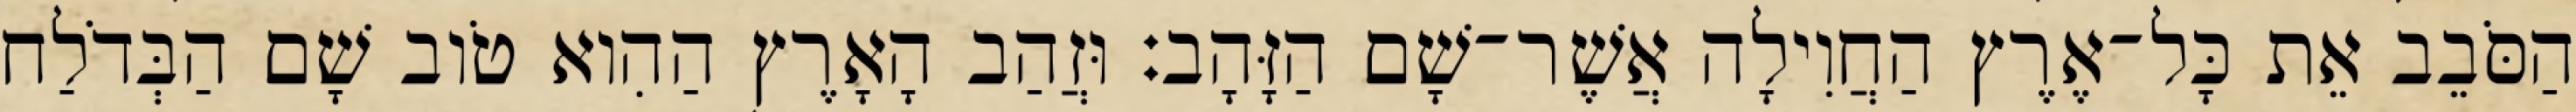
הַסֹּבֵב אֵת כָּל־אֶרֶץ הַחֲוִילָה אֲשֶׁר־שָׁם הַזָּהָב׃ וּזֲהַב הָאָרֶץ הַהִוא טֹוב שָׁם הַבְּדֹלַח